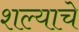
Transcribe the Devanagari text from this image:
शल्याचे